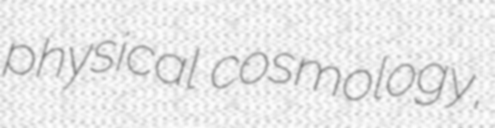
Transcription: physical cosmology,